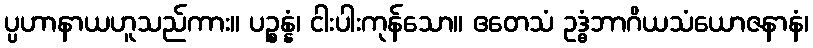
ပ္ပဟာနာယဟူသည်ကား။ ပဉ္စန္နံ၊ ငါးပါးကုန်သော။ ဧတေသံ ဥဒ္ဓံဘာဂိယသံယောဇနာနံ၊